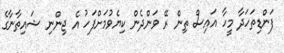
ފަންޑިތަހަދާ މީހާ އައިސް ތިން ރޭ ވަންދެން ކިޔެވުމަށްފަހު އެ ޖިންނި ޝައިތާނާގެ